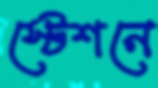
স্টেশনে